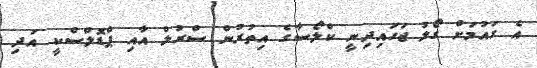
އެ ގައުމަށް ގޯލު ޖަހައިދިނީ ކްލޯސާގެ އިތުރުން ސްރުލް އާއި ޕްޑޮލްސްކީ އަދި